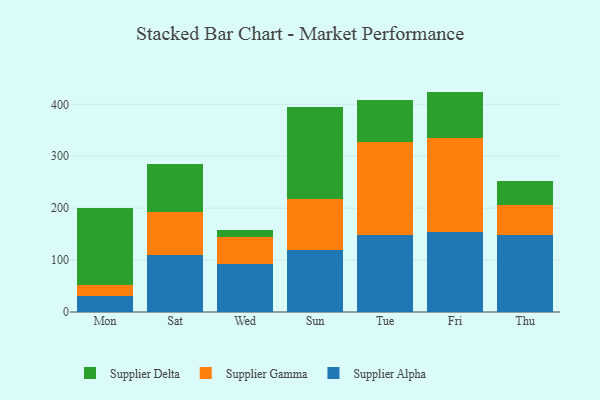
{"axis": {"x": "Day", "y": "Demand Index"}, "legend": ["Supplier Alpha", "Supplier Delta", "Supplier Gamma"], "data": [{"x": "Mon", "y": 31.0, "type": "Supplier Alpha"}, {"x": "Mon", "y": 20.4, "type": "Supplier Gamma"}, {"x": "Mon", "y": 148.6, "type": "Supplier Delta"}, {"x": "Sat", "y": 109.1, "type": "Supplier Alpha"}, {"x": "Sat", "y": 82.8, "type": "Supplier Gamma"}, {"x": "Sat", "y": 92.7, "type": "Supplier Delta"}, {"x": "Wed", "y": 93.0, "type": "Supplier Alpha"}, {"x": "Wed", "y": 51.7, "type": "Supplier Gamma"}, {"x": "Wed", "y": 12.6, "type": "Supplier Delta"}, {"x": "Sun", "y": 120.0, "type": "Supplier Alpha"}, {"x": "Sun", "y": 97.0, "type": "Supplier Gamma"}, {"x": "Sun", "y": 178.3, "type": "Supplier Delta"}, {"x": "Tue", "y": 147.5, "type": "Supplier Alpha"}, {"x": "Tue", "y": 179.1, "type": "Supplier Gamma"}, {"x": "Tue", "y": 82.0, "type": "Supplier Delta"}, {"x": "Fri", "y": 154.5, "type": "Supplier Alpha"}, {"x": "Fri", "y": 179.9, "type": "Supplier Gamma"}, {"x": "Fri", "y": 90.2, "type": "Supplier Delta"}, {"x": "Thu", "y": 148.4, "type": "Supplier Alpha"}, {"x": "Thu", "y": 58.5, "type": "Supplier Gamma"}, {"x": "Thu", "y": 44.8, "type": "Supplier Delta"}]}